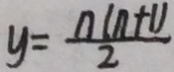
y = \frac { n ( n + 1 ) } { 2 }